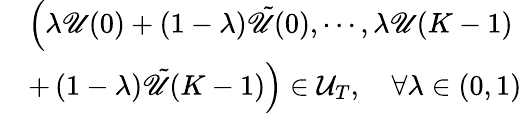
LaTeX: \begin{array}{rl}&{\left(\lambda\mathscr{U}(0)+\left(1-\lambda\right)\tilde{\mathscr{U}}(0),\cdots,\lambda\mathscr{U}(K-1)\right.}\\ &{\left.+\left(1-\lambda\right)\tilde{\mathscr{U}}(K-1)\right)\in\mathcal{U}_{T},\quad\forall\lambda\in\left(0,1\right)}\end{array}